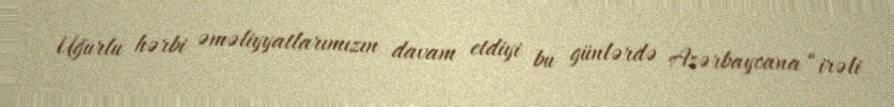
Uğurlu hərbi əməliyyatlarımızın davam etdiyi bu günlərdə Azərbaycana “irəli